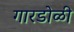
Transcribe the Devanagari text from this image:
गारडोळी